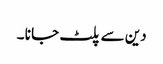
دین سے پلٹ جا نا ۔